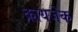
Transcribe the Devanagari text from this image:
क्रायजेक